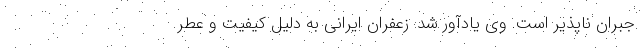
جبران ناپذیر است. وی یادآور شد: زعفران ایرانی به دلیل کیفیت و عطر